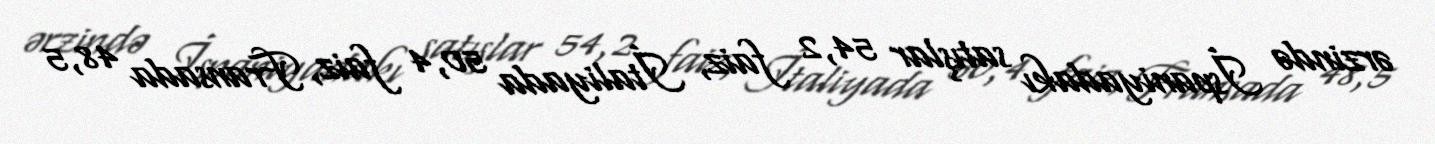
ərzində İspaniyadakı satışlar 54,2 faiz, İtaliyada 50,4 faiz, Fransada 48,5